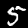
Label: 5